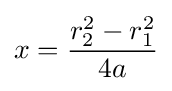
x={\frac {r_{2}^{2}-r_{1}^{2}}{4a}}